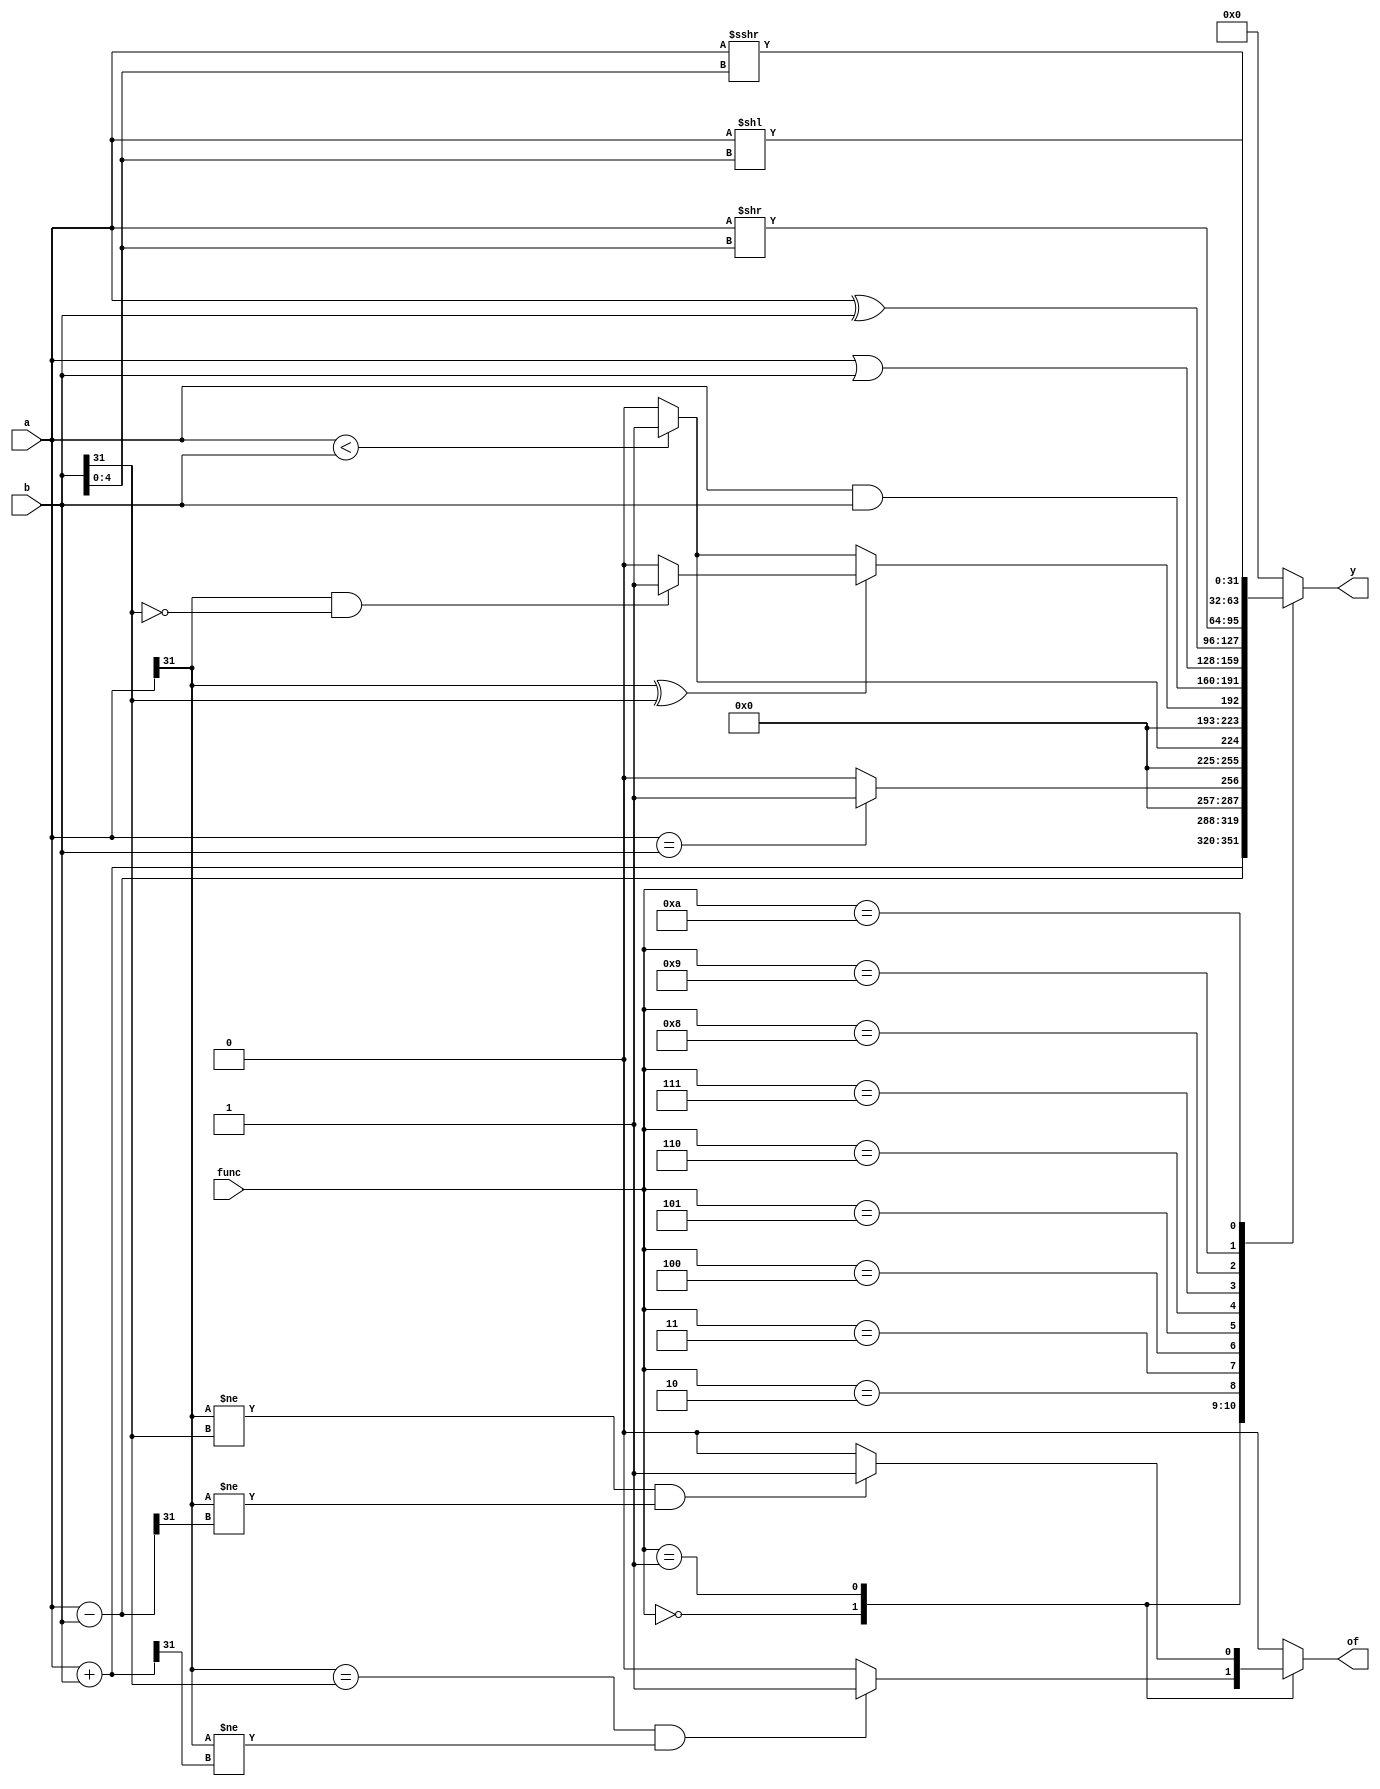
module alu #(parameter WIDTH = 32)
(
    input [WIDTH-1:0] a, b,   // a
    input [3:0] func,         // 
    output reg [WIDTH-1:0] y, //  
    output reg of             // of1
);

always @(*) begin
    of = 1'b0;
    y = 1'b0;
    case (func)
        4'b0: begin
            y = a + b;
            // 
            if ((a[WIDTH-1] == b[WIDTH-1]) && (a[WIDTH-1] != y[WIDTH-1]))
                of = 1;
        end
        4'b0001: begin
            y = a - b;
            // 
            if ((a[WIDTH-1] != b[WIDTH-1]) && (a[WIDTH-1] != y[WIDTH-1]))
                of = 1;
        end
        4'b0010: begin
            if (a == b) y = 2'b01;
            else y = 2'b0;
        end
        4'b0011: begin
            y = (a < b ? 2'b01 : 2'b0);
        end
        4'b0100: begin
            // 
            if (~(a[WIDTH-1] ^ b[WIDTH-1])) 
                // 
                y = (a < b ? 2'b01 : 2'b0);
            else if (a[WIDTH-1] && !b[WIDTH-1])
                y = 1'b1;
            else 
                y = 1'b0;
        end
        4'b0101: begin
            y = a & b;
        end
        4'b0110: begin
            y = a | b;
        end
        4'b0111: begin
            y = a ^ b;
        end
        4'b1000: begin
            y = a >> ({27'd0, b[4:0]});
        end
        4'b1001: begin
            y = a << ({27'd0, b[4:0]});
        end
        4'b1010: begin
            y = a >>>({27'd0, b[4:0]});
        end
        default: begin
            y = 2'b0;
            of = 1'b0;
        end
    endcase
end

endmodule